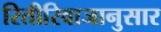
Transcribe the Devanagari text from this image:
रितीरिवाजानुसार